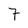
Character: 7